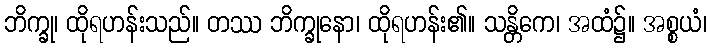
ဘိက္ခု၊ ထိုရဟန်းသည်။ တဿ ဘိက္ခုနော၊ ထိုရဟန်း၏။ သန္တိကေ၊ အထံ၌။ အစ္စယံ၊